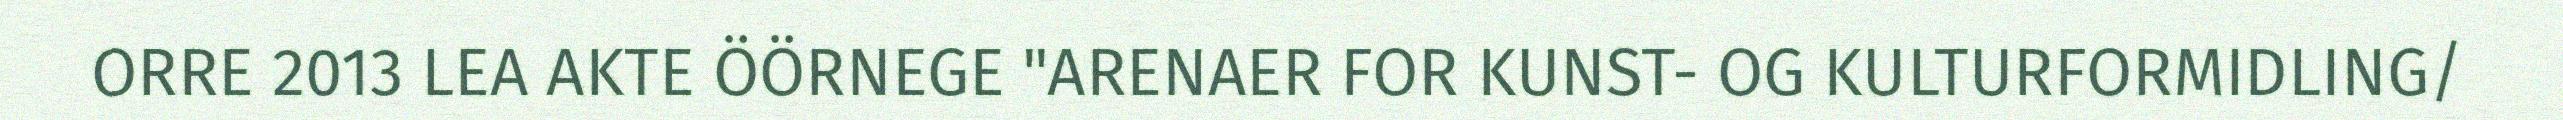
ORRE 2013 LEA AKTE ÖÖRNEGE "ARENAER FOR KUNST- OG KULTURFORMIDLING/